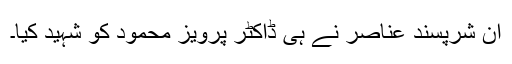
ان شرپسند عناصر نے ہی ڈاکٹر پرویز محمود کو شہید کیا۔